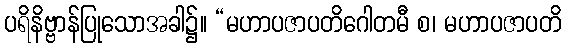
ပရိနိဗ္ဗာန်ပြုသောအခါ၌။ “မဟာပဇာပတိဂေါတမီ စ၊ မဟာပဇာပတိ